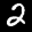
Label: 2